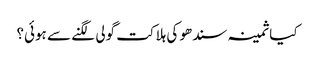
کیا ثمینہ سندھو کی ہلاکت گولی لگنے سے ہوئی؟